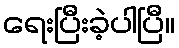
ရေးပြီးခဲ့ပါပြီ။